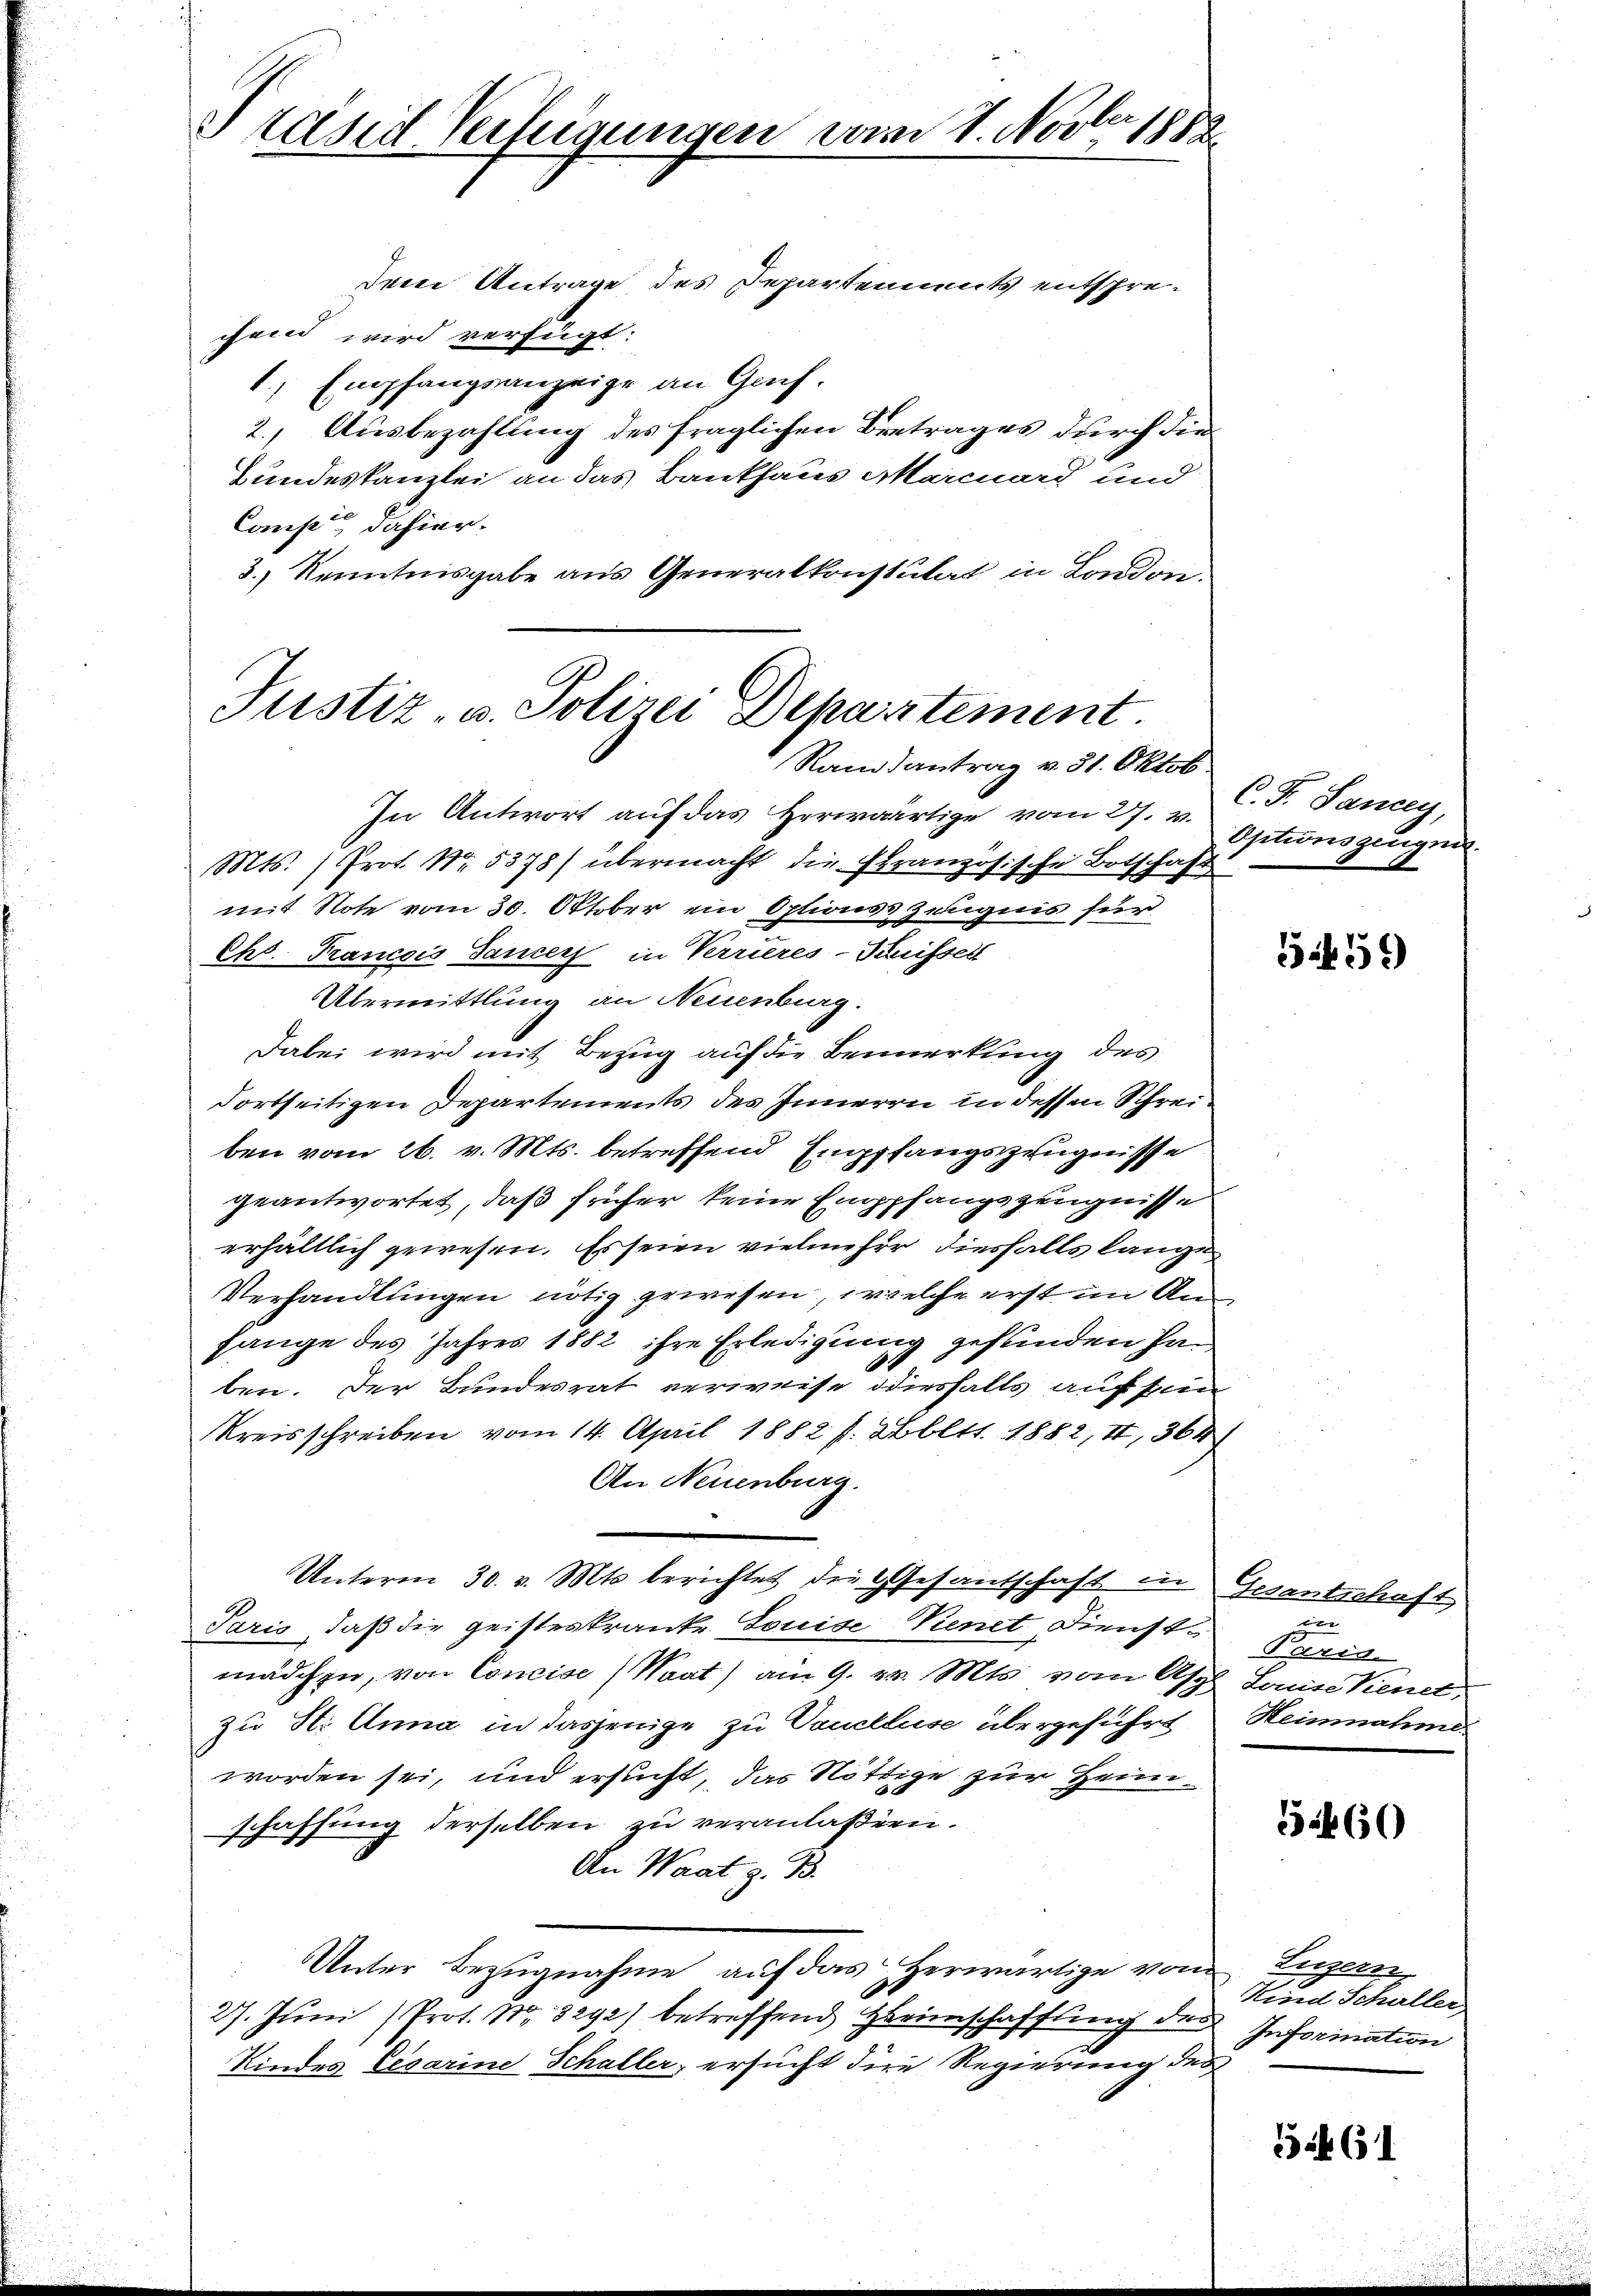
Präsid Verfügungen vom 1. Novber 1888

Dem Antrage des Departenments entsprechend wird verfügt:
1, Empfangsanzeige an Genf.
2. Ausbezahlung des fraglichen Betrages durch die
Bundeskanzlei an das Bankhaus Marcuard und
Camp dahier.
3.) Kenntnisgabe aus Generalkonstulat in London.
In Antwort auf das Herwärtige vom 27. u. F. Sancey,
Mts. ) Prot. Nr. 5378) übermacht die Französische Botschaft
mit Note vom 30. Oktober ein Optionss Zeugnis für
Chr. Francois Sanders in Verrieres-Kuissert
Übermittlung an Neuenburg.
Dabei wird mit Bezug auf die Bemerkung des
dortseitigen Departements des Inneren in dessen Schreiben vom 26. v. Mts. betreffend Empfangszeugnisse
geantwortet, daß früher keine Emppfangszeugnisse
erhältlich gewesen. Es seien vielmehrer diesfalls lange
Verhandlungen nötig gewesen, welche erst im Anfange des Jahres 1882 ihre Erledigung gefunden haben. Der Bundesrat verweise diesfalls auf sein
Kreisschreiben vom 14. April 1882 f. Xbltt. 1882, II, 564
An Neuenburg.
Unterm 30. v. Mts. berichtet die Gesandschaft in Gesantschaft
Paris, daß die geisteskranke Louise Vienet Dienstmädchen, von Concise (Maat) am 9. 24. Mts. vom Asph Louise Venet
zu St. Anna in dasjenige zu Canclluse übergeführt Heinnahme
worden sei, und ersucht, das Nöttige zur Heimschaffung derselben zu veranlaßen.
An Waat z. B.
Unter Bezugnahme auf das erwärtige vom Luzern,
27. Juni (Prot. N. 3292) betreffend Heimschaffung des Information
Kindes Cesarine Schaller, ersucht die Regierung des

Justiz- u. Polizei Departement.
Randantrag v. 31. Oktob.

Optionsgeugni

1456)

e
Paris

5460

Kind Schuller

5461